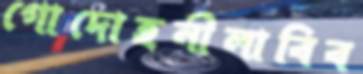
গোদোহনীলাবিব